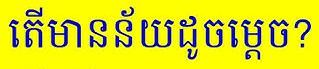
តើមានន័យដូចម្ដេច?